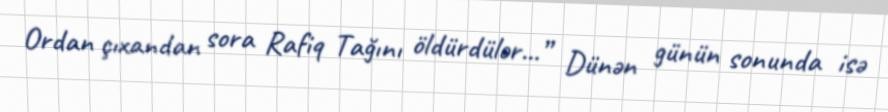
Ordan çıxandan sora Rafiq Tağını öldürdülər...” Dünən günün sonunda isə